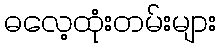
ဓလေ့ထုံးတမ်းများ